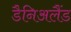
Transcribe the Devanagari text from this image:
डैनिअलैंड